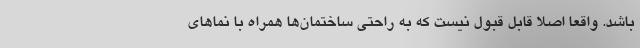
باشد. واقعا اصلا قابل قبول نیست که به راحتی ساختمان‌ها همراه با نماهای